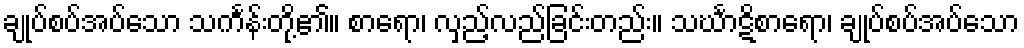
ချုပ်စပ်အပ်သော သင်္ကန်းတို့၏။ စာရော၊ လှည့်လည်ခြင်းတည်း။ သင်္ဃာဋိစာရော၊ ချုပ်စပ်အပ်သော